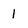
Character: 1